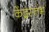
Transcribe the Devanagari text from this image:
केंद्रस्तंभ